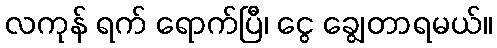
လကုန် ရက် ရောက်ပြီ၊ ငွေ ချွေတာရမယ်။